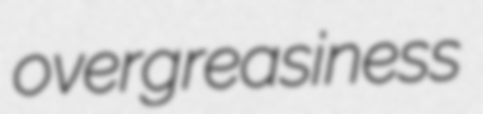
overgreasiness